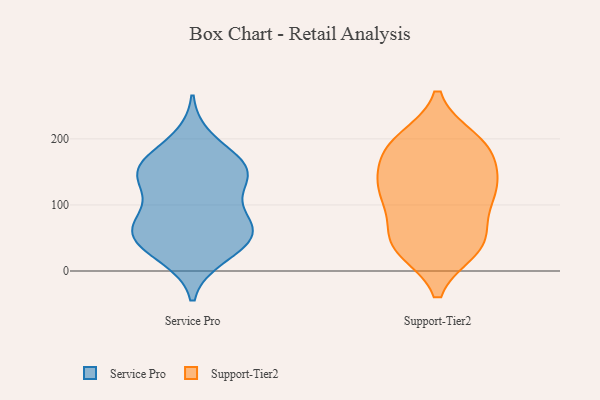
{"axis": {"x": "Energy Usage (MWh)", "y": "Value"}, "legend": ["Service Pro", "Support-Tier2"], "data": [{"x": "", "y": 153, "type": "Service Pro"}, {"x": "", "y": 154, "type": "Service Pro"}, {"x": "", "y": 141, "type": "Service Pro"}, {"x": "", "y": 22, "type": "Service Pro"}, {"x": "", "y": 61, "type": "Service Pro"}, {"x": "", "y": 57, "type": "Service Pro"}, {"x": "", "y": 79, "type": "Service Pro"}, {"x": "", "y": 166, "type": "Service Pro"}, {"x": "", "y": 159, "type": "Service Pro"}, {"x": "", "y": 26, "type": "Service Pro"}, {"x": "", "y": 56, "type": "Service Pro"}, {"x": "", "y": 199, "type": "Service Pro"}, {"x": "", "y": 124, "type": "Service Pro"}, {"x": "", "y": 49, "type": "Service Pro"}, {"x": "", "y": 87, "type": "Service Pro"}, {"x": "", "y": 143, "type": "Service Pro"}, {"x": "", "y": 61, "type": "Service Pro"}, {"x": "", "y": 37, "type": "Support-Tier2"}, {"x": "", "y": 129, "type": "Support-Tier2"}, {"x": "", "y": 193, "type": "Support-Tier2"}, {"x": "", "y": 198, "type": "Support-Tier2"}, {"x": "", "y": 119, "type": "Support-Tier2"}, {"x": "", "y": 187, "type": "Support-Tier2"}, {"x": "", "y": 181, "type": "Support-Tier2"}, {"x": "", "y": 98, "type": "Support-Tier2"}, {"x": "", "y": 52, "type": "Support-Tier2"}, {"x": "", "y": 128, "type": "Support-Tier2"}, {"x": "", "y": 42, "type": "Support-Tier2"}, {"x": "", "y": 43, "type": "Support-Tier2"}, {"x": "", "y": 137, "type": "Support-Tier2"}, {"x": "", "y": 113, "type": "Support-Tier2"}, {"x": "", "y": 179, "type": "Support-Tier2"}, {"x": "", "y": 34, "type": "Support-Tier2"}]}